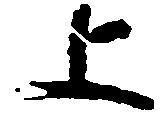
上